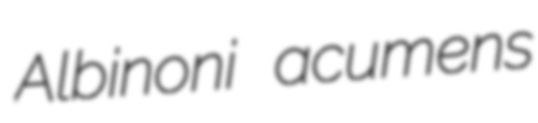
Albinoni acumens